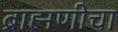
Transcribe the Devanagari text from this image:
ब्राह्मणीचा